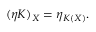
( \eta K ) _ { X } = \eta _ { K ( X ) } .